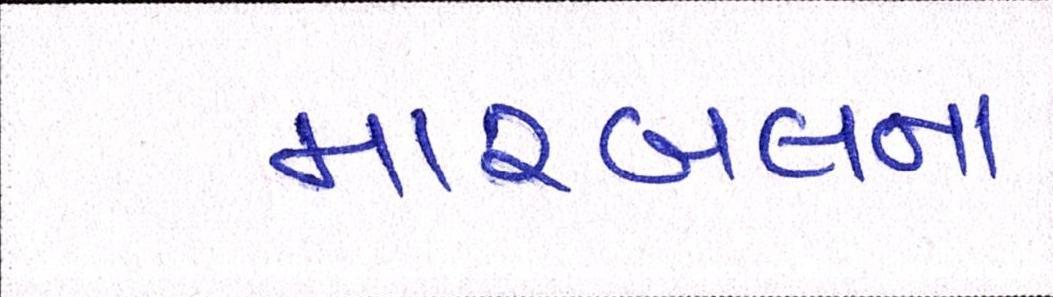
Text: મારબલના